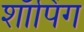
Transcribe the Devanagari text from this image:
शाॅपिंग